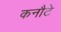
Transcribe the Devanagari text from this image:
कनौटे